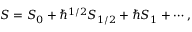
S = S _ { 0 } + \hbar ^ { 1 / 2 } S _ { 1 / 2 } + \hbar S _ { 1 } + \cdots ,